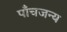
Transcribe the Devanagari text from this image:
पाँचजन्य